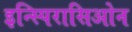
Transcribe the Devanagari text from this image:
इन्स्पिरासिओन